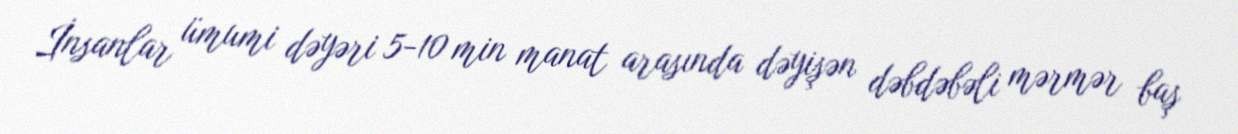
İnsanlar ümumi dəyəri 5-10 min manat arasında dəyişən dəbdəbəli mərmər baş